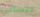
تنساني